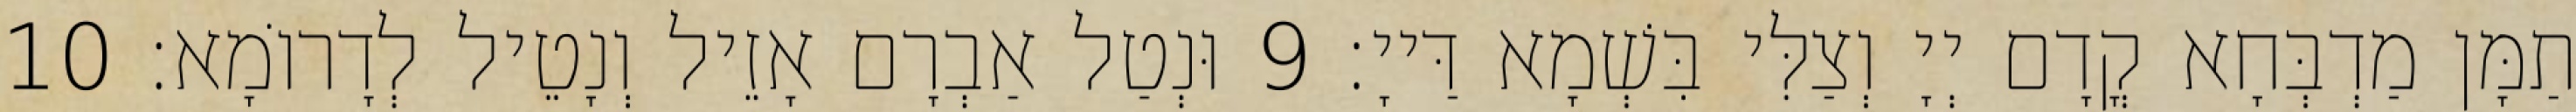
תַמָּן מַדְבְּחָא קֳדָם יְיָ וְצַלִּי בִּשְׁמָא דַּייָ׃ 9 וּנְטַל אַבְרָם אָזֵיל וְנָטֵיל לְדָרוֹמָא׃ 10